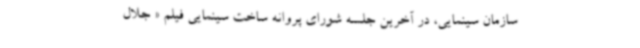
سازمان سینمایی، در آخرین جلسه شورای پروانه ساخت سینمایی فیلم « جلال